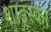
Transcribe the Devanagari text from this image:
शाइस्का